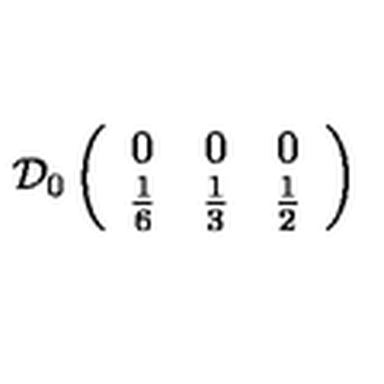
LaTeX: \mathcal { D } _ { 0 } \left( \begin{array} { c c c } { 0 } & { 0 } & { 0 } \\ { \frac { 1 } { 6 } } & { \frac { 1 } { 3 } } & { \frac { 1 } { 2 } } \\ \end{array} \right)